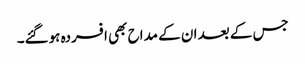
جس کے بعد ان کے مداح بھی افسردہ ہوگئے۔